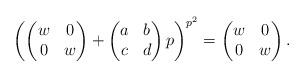
LaTeX: \begin{align*}\left( \begin{pmatrix} w & 0 \\ 0 & w \end{pmatrix} + \begin{pmatrix} a & b \\ c & d \end{pmatrix} p \right)^{p^2} = \begin{pmatrix} w & 0 \\ 0 & w \end{pmatrix}.\end{align*}